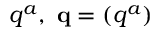
q ^ { a } , \ \mathbf { q } = \left( q ^ { a } \right)